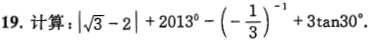
19.计算： $$| \sqrt{3}-2|+2013^{0}-(- \frac{1}{3})^{-1}+3 \tan 30^{\circ}$$.